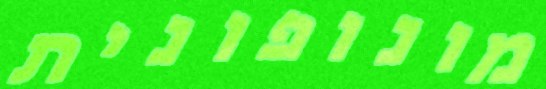
מונופונית